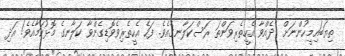
ތިޔަބައިމީހުންނަށް  ދެއްވާ އެހީތެރިވަންތަ ރަސްކަލާނގެއެވެ. ފަހެ އެހީތެރިވެވޮޑިގެންވާ ކަލާނގެ މޮޅުކަމާއެވެ! އަދި